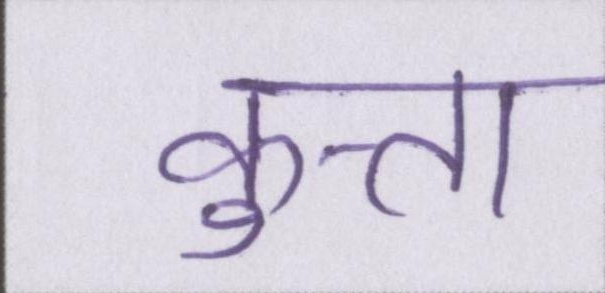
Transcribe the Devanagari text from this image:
कुत्ता